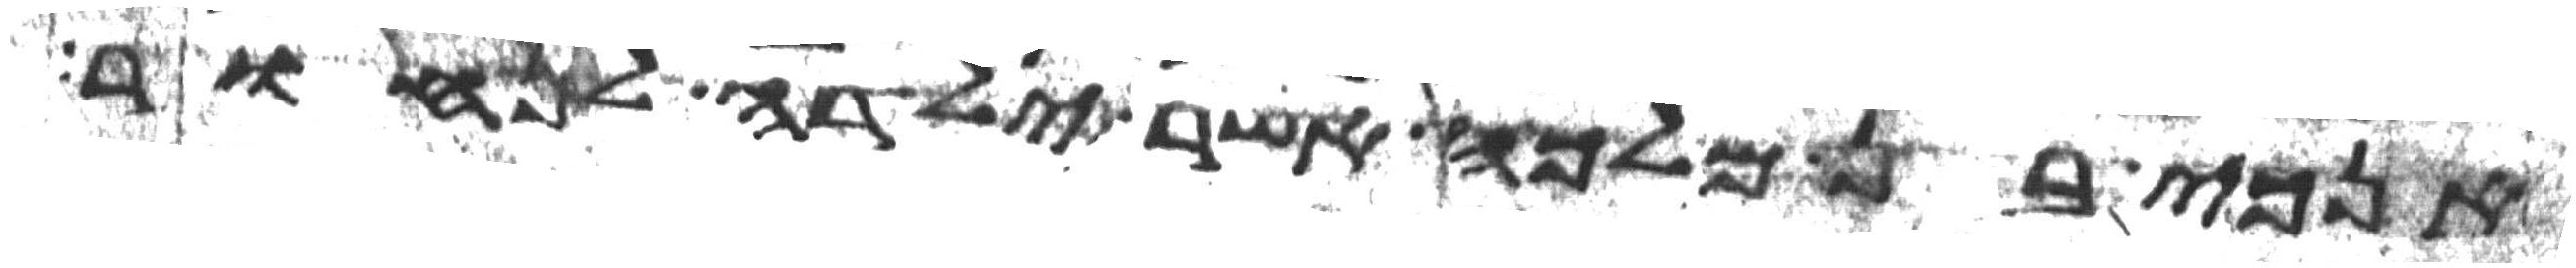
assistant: אנכי בן מלכה אשר ילדה לנחור